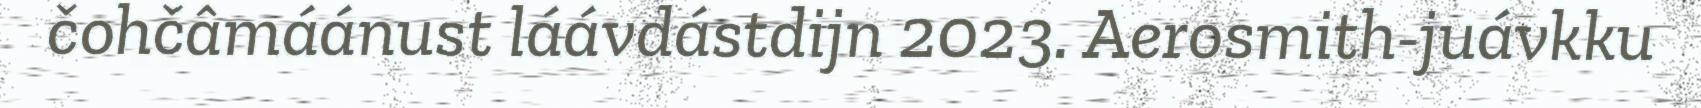
čohčâmáánust láávdástdijn 2023. Aerosmith-juávkku